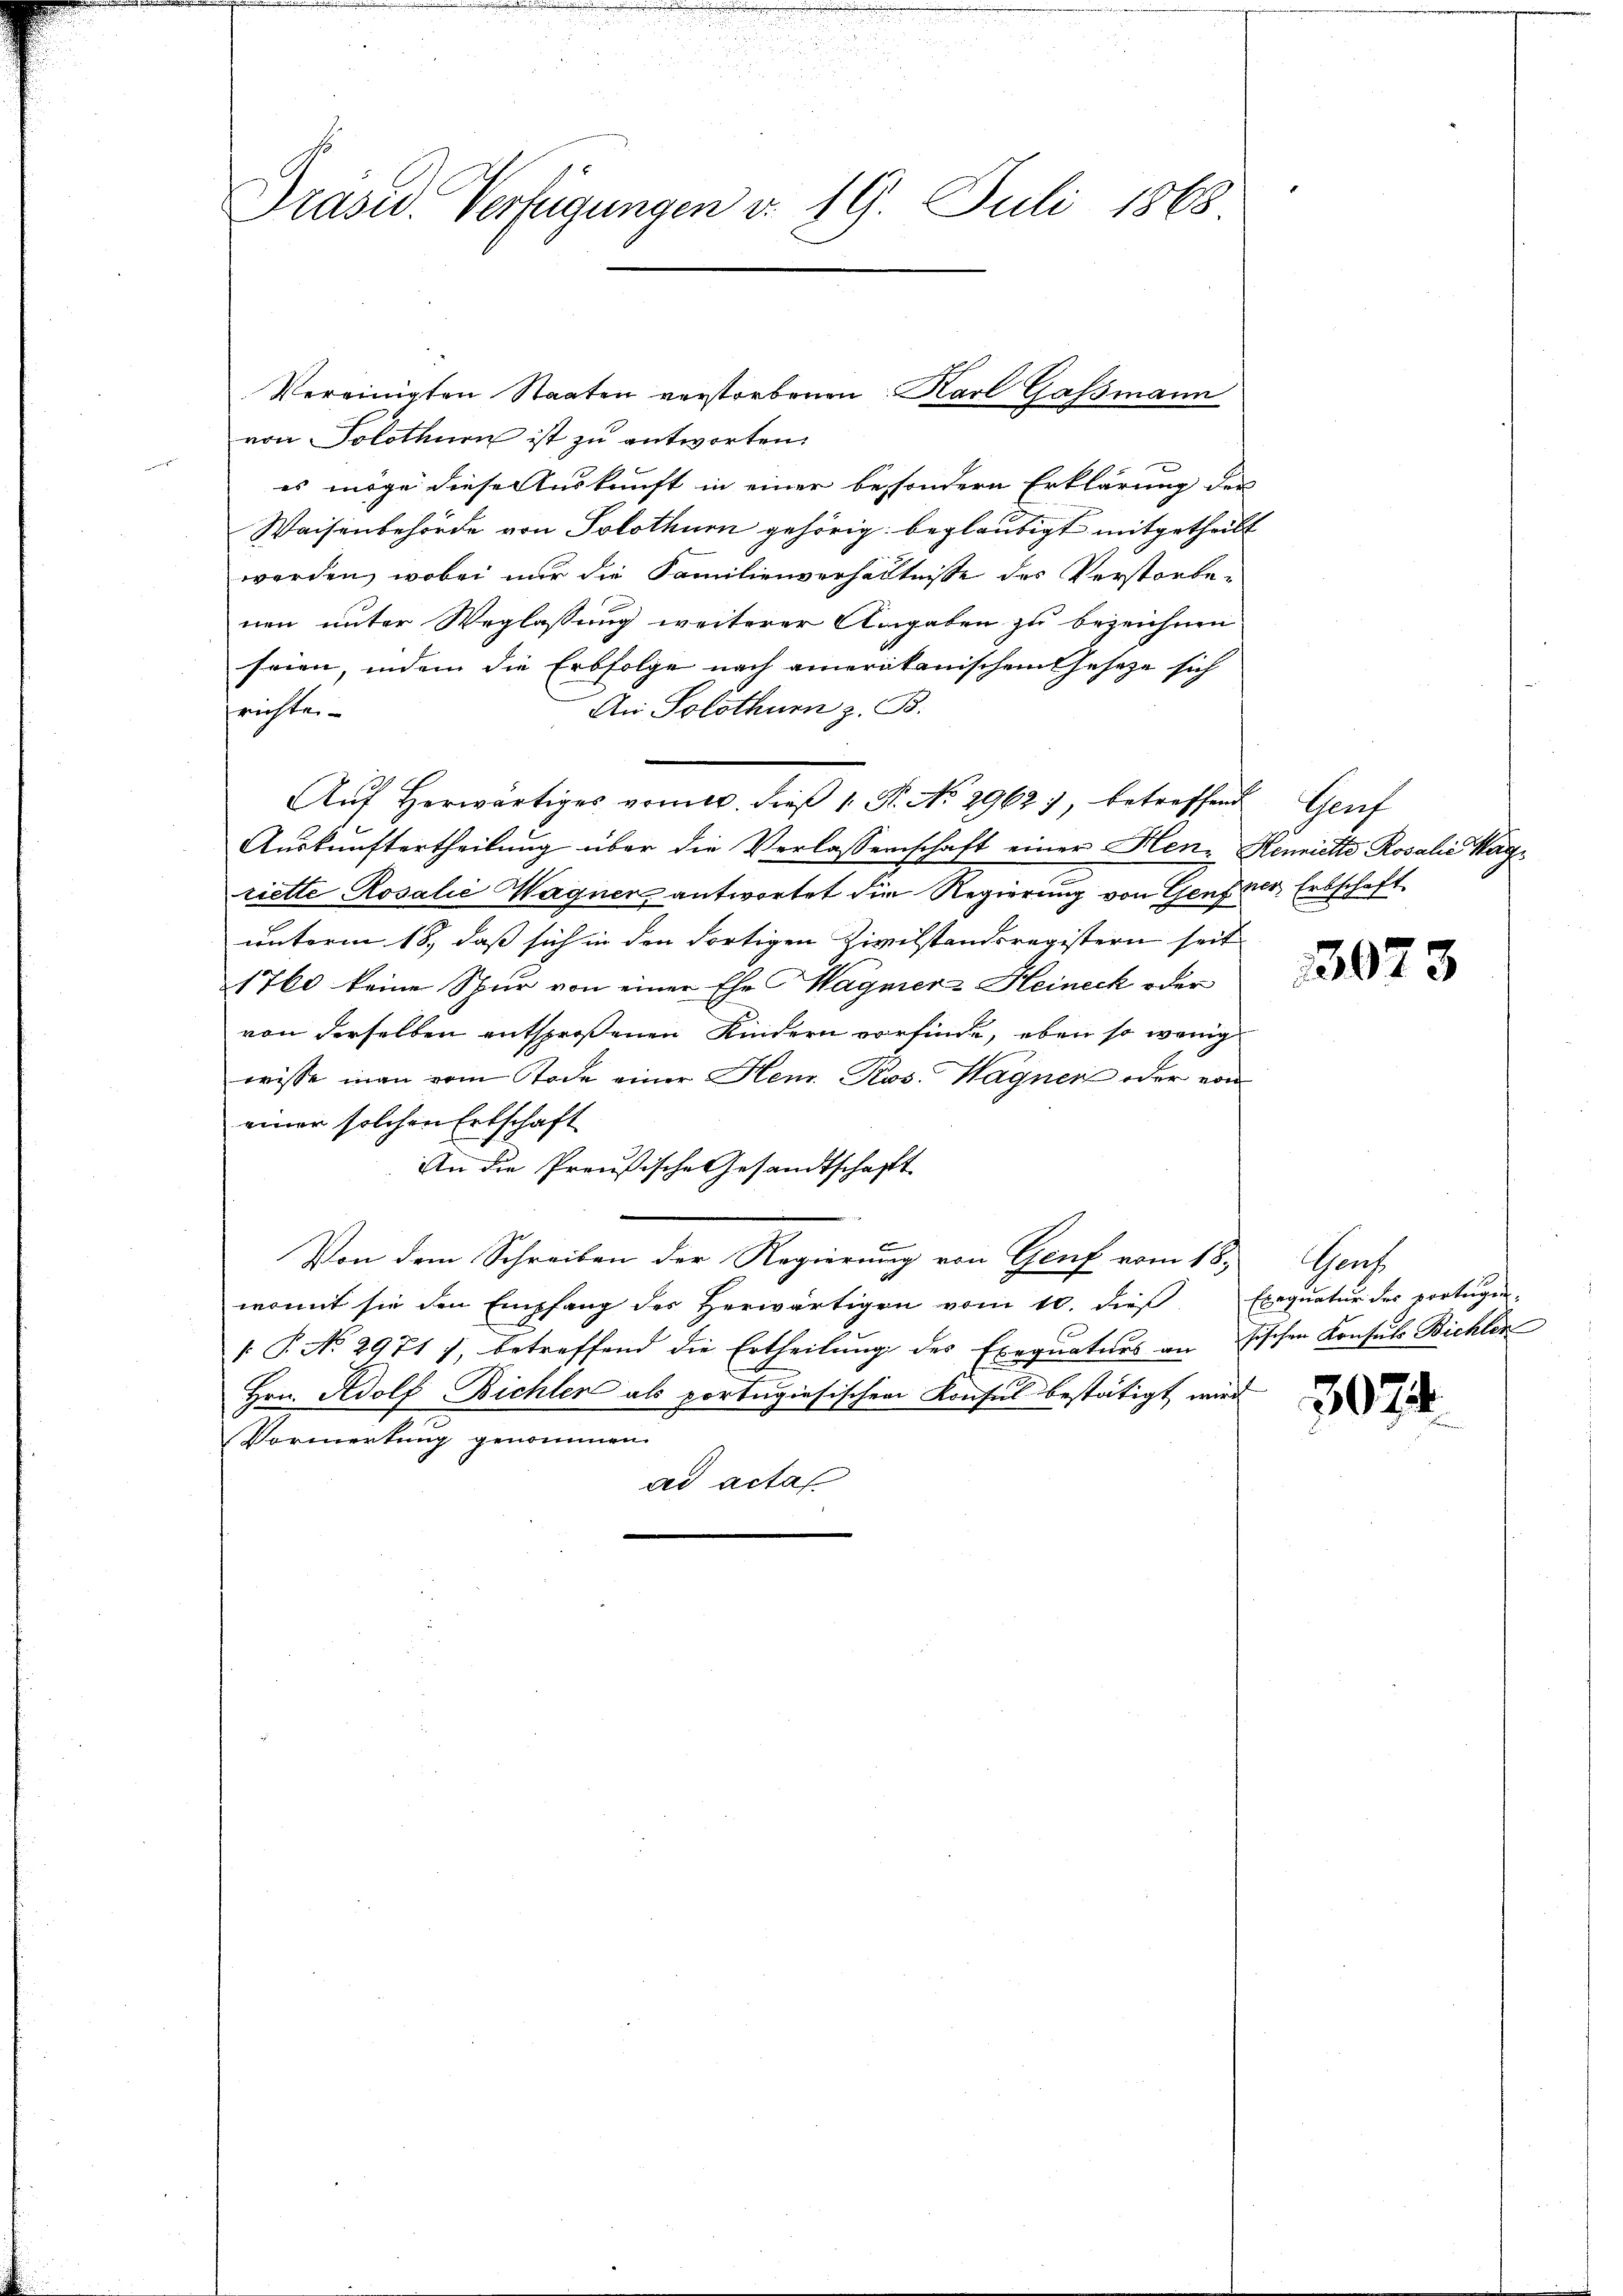
Präsid. Verfügungen v. 19. Juli 1868.

Vereinigten Staaten verstorbenen Karl Gassmann
von Solothurn ist zu antworten.
es möge diese Auskunft in einer besondern Erklärung der
Waisenbehörde von Solothurn gehörig beglaubigt mitgetheilt
werden, wobei nur die Familienverhältnisse des Verstorbenen unter Weglassung weiterer Angaben zu bezeichnen
seien, indem die Erbfolge nach amerikanischem Gesetze sich
An Solothurn z. B.
richten
Aŭf herwärtiges vom 6. dieβ 1. P. No 2962), betreffend Genf
Auskunftertheilung über die Verlassenschaft einer Hen-Henriette Rosalie Wagriette Rosalić Wagner antwortet die Regierung von Genzner Erbschaft
unterm 18., daß sich in den Fortigen Zivilstandsregistern seit
1760 keine Spur von einer Ehe Wagner Heineck oder
von derselben entsproßenen Kindern vorfinde, eben so wenig
wisse man vom Tode einer Henr. Ros. Wagner oder von
einer solchen Ertschaft
An die Preußische Gesandtschaft
Von dem Schreiben der Regierung von Genf vom 18.
womit sie den Empfang des herwärtigen vom 10. dieβ Exequatur des vortagen.
 P. No 29717, betreffend die Ertheilung des Exequaturs an Fischen Konsuls Bichler
Hrn. Adolf Bichler als portugiesischen Konsul bestätigt wird
Vormerkung genommen.
ad actaf

3073

Gach

307.